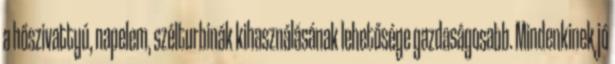
a hőszivattyú, napelem, szélturbinák kihasználásának lehetősége gazdaságosabb. Mindenkinek jó